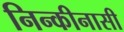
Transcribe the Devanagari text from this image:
निन्कीनासी